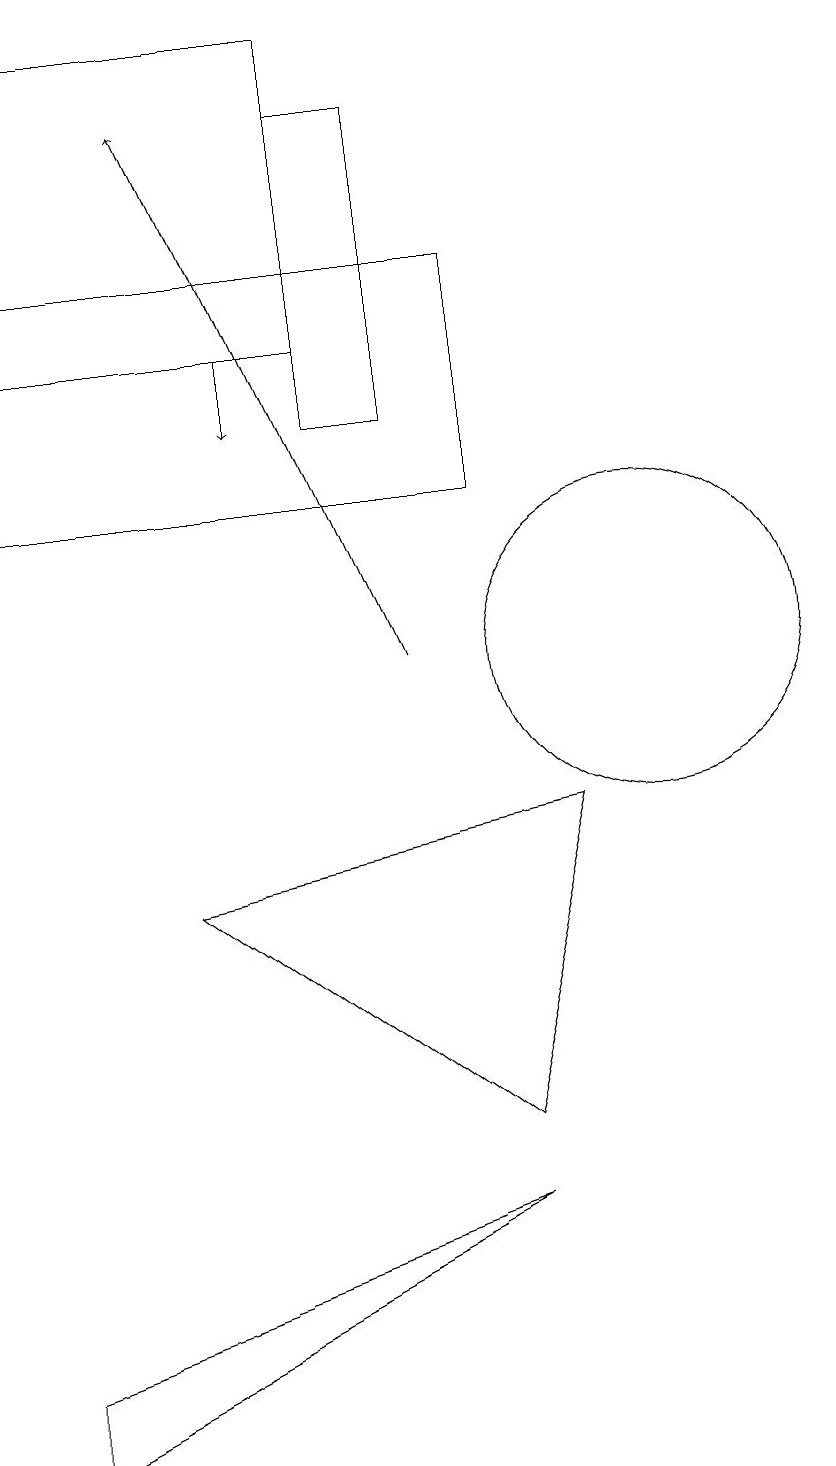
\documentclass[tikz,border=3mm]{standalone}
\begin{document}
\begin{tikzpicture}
\draw (6,17) rectangle (7,13);
\draw[->] (7,10) -- (4,17);
\draw[->] (5,14) -- (5,13);
\draw (10,10) circle (2);
\draw (6,14) rectangle (2,18);
\draw (8,3) -- (2,1) -- (2,0) -- cycle;
\draw (8,12) rectangle (2,15);
\draw (8,4) -- (9,8) -- (4,7) -- cycle;
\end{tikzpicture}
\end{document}